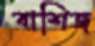
বাশিজ